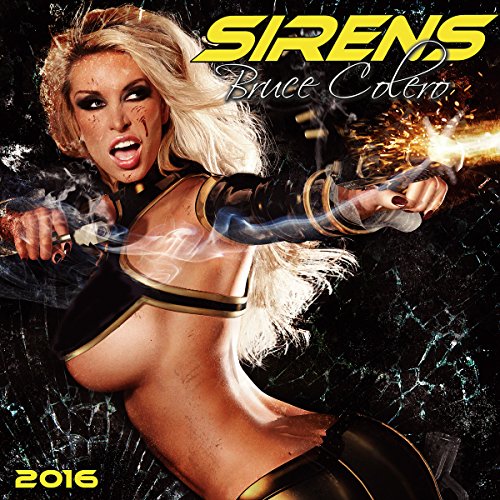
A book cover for Sirens 2016 Wall Calendar; Bruce Colero; Arts & Photography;